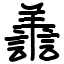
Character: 譱